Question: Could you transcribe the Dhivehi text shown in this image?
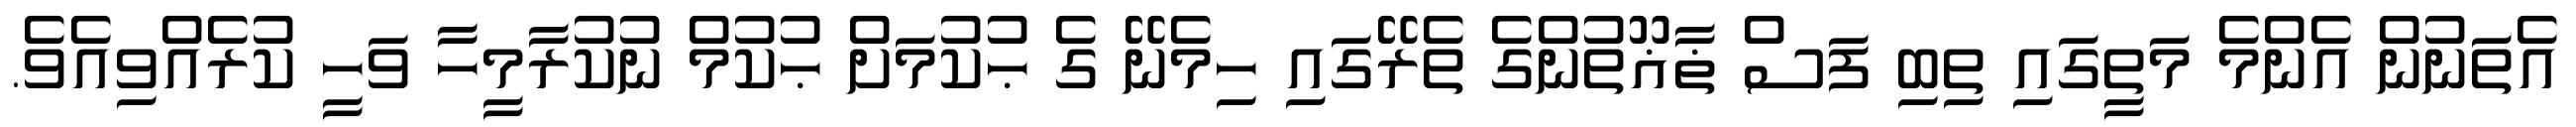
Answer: އެތަނުން އެންމެ މަތީގައި ތިބި ފަސް ޡާޣޫތުންގެ ތެރޭގައި ހިމެނޭ ގެ ޙުކުމަށް ޙުކުމް ނުކުރާމީހާ ވަހީ ކުރެއްވިއެވެ.